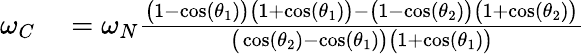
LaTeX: \begin{array}{rl}{\omega_{C}}&{{}=\omega_{N}\frac{\big(1-\cos(\theta_{1})\big)\big(1+\cos(\theta_{1})\big)-\big(1-\cos(\theta_{2})\big)\big(1+\cos(\theta_{2})\big)}{\big(\cos(\theta_{2})-\cos(\theta_{1})\big)\big(1+\cos(\theta_{1})\big)}}\end{array}